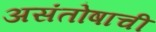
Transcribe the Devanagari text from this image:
असंतोषाची